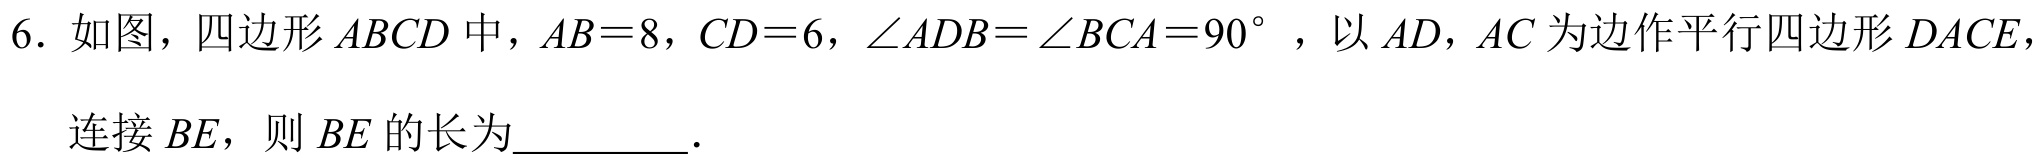
6. 如图，四边形$ABCD$中，$AB = 8$，$CD = 6$，$\angle ADB=\angle BCA = 90^{\circ}$，以$AD$，$AC$为边作平行四边形$DACE$，
连接$BE$，则$BE$的长为________．